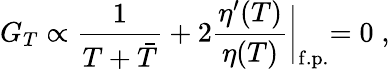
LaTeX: G_{T}\propto{\frac{1}{T+\bar{T}}}+2{\frac{\eta^{\prime}(T)}{\eta(T)}}\biggl\vert_{\mathrm{f.p.}}=0\; ,